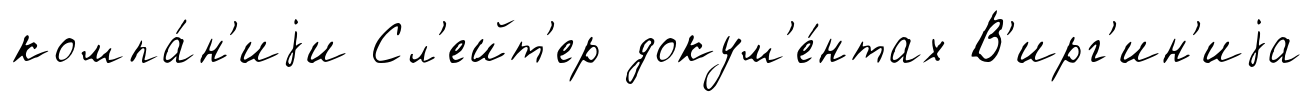
компа́н'иjи Сл'ейт'ер докум'е́нтах В'ирг'ин'иjа